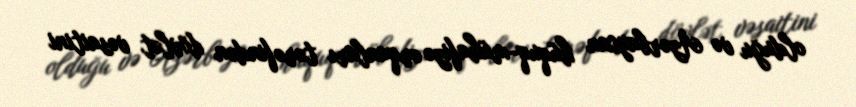
olduğu və Azərbaycan hüquq-mühafizə orqanları tərəfindən dövlət vəsaitini